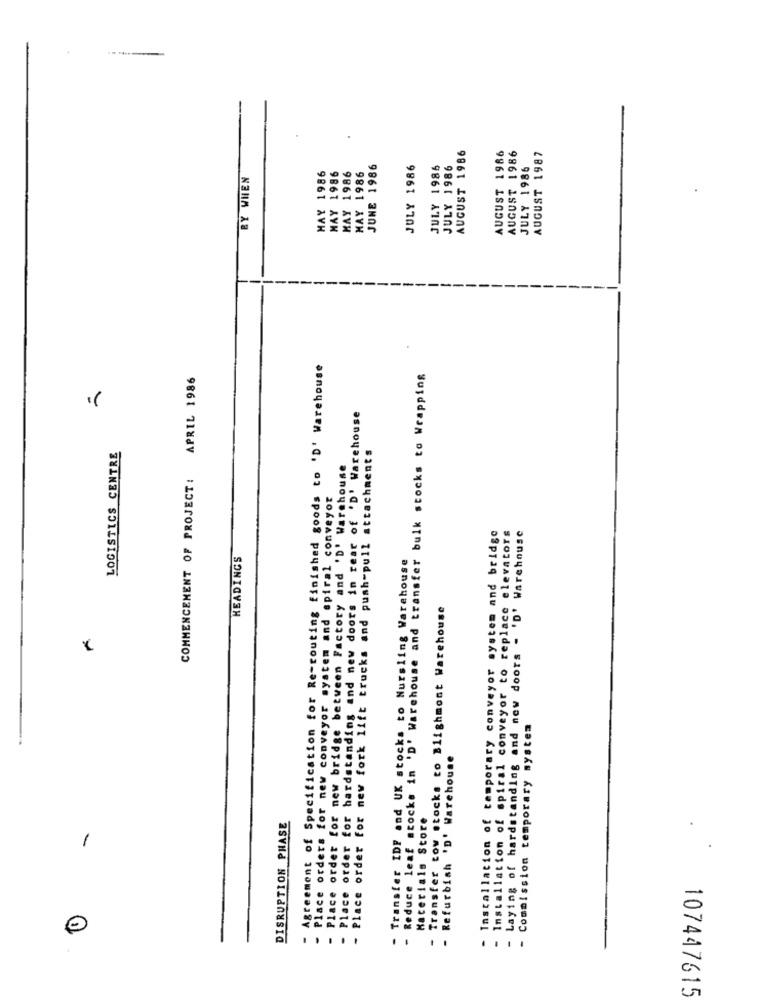
AUGUST 1986
AUGUST 1986
AUGUST 1986
AUGUST 1987
JUNE 1986
JULY 1986
JULY 1986
JULY 1986
JULY 1986
BY WHEN
MAY 1986
MAY 1986
MAY 1986
MAY 1986
.
Agreement of Specification for Re-routing finished goods to 'D' Warehouse
APRIL 1986
Reduce leaf stocks in 'D' Warehouse and transfer bulk stocks to Wrapping
- Place order for hardstanding and new doors in rear of 'D' Warehouse
Place order for new fork lift trucks and push-pull attachments
LOGISTICS CENTRE
- Place ordet for new bridge between Factory and 'D' Warehouse
COMMENCEMENT OF PROJECT !
Place orders for new conveyor system and spiral conveyor
- Installation of temporary conveyor system and bridge
- Installation of spiral conveyor to replace elevators
Laying of hardstanding and new doors - 'D' Warehouse
HEADINGS
Transfer IDF and UK stocks to Nursling Warehouse
Transfer tow stocks to Blighmont Warehouse
Commission temporary system
- Refurbish *D' Warehouse
DISRUPTION PHASE
Materials Store
-
0
107447615